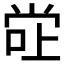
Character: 𫵂